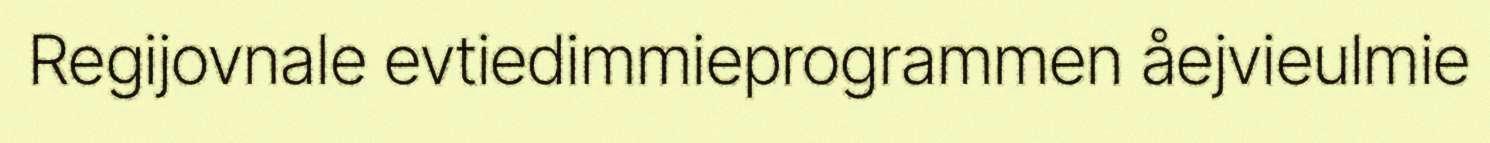
Regijovnale evtiedimmieprogrammen åejvieulmie